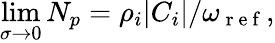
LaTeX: \operatorname*{lim}_{\sigma\to 0}N_{p}=\rho_{i}|C_{i}|/\omega_{\mathrm{~r~e~f~}},